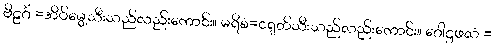
ဗိဠင်္ဂံ =အိပ်မွေ့သီးသည်လည်းကောင်း။ မရိစံ=ငရုတ်သီးသည်လည်းကောင်း။ ဂေါဋ္ဌဖလံ =